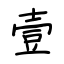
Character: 壹